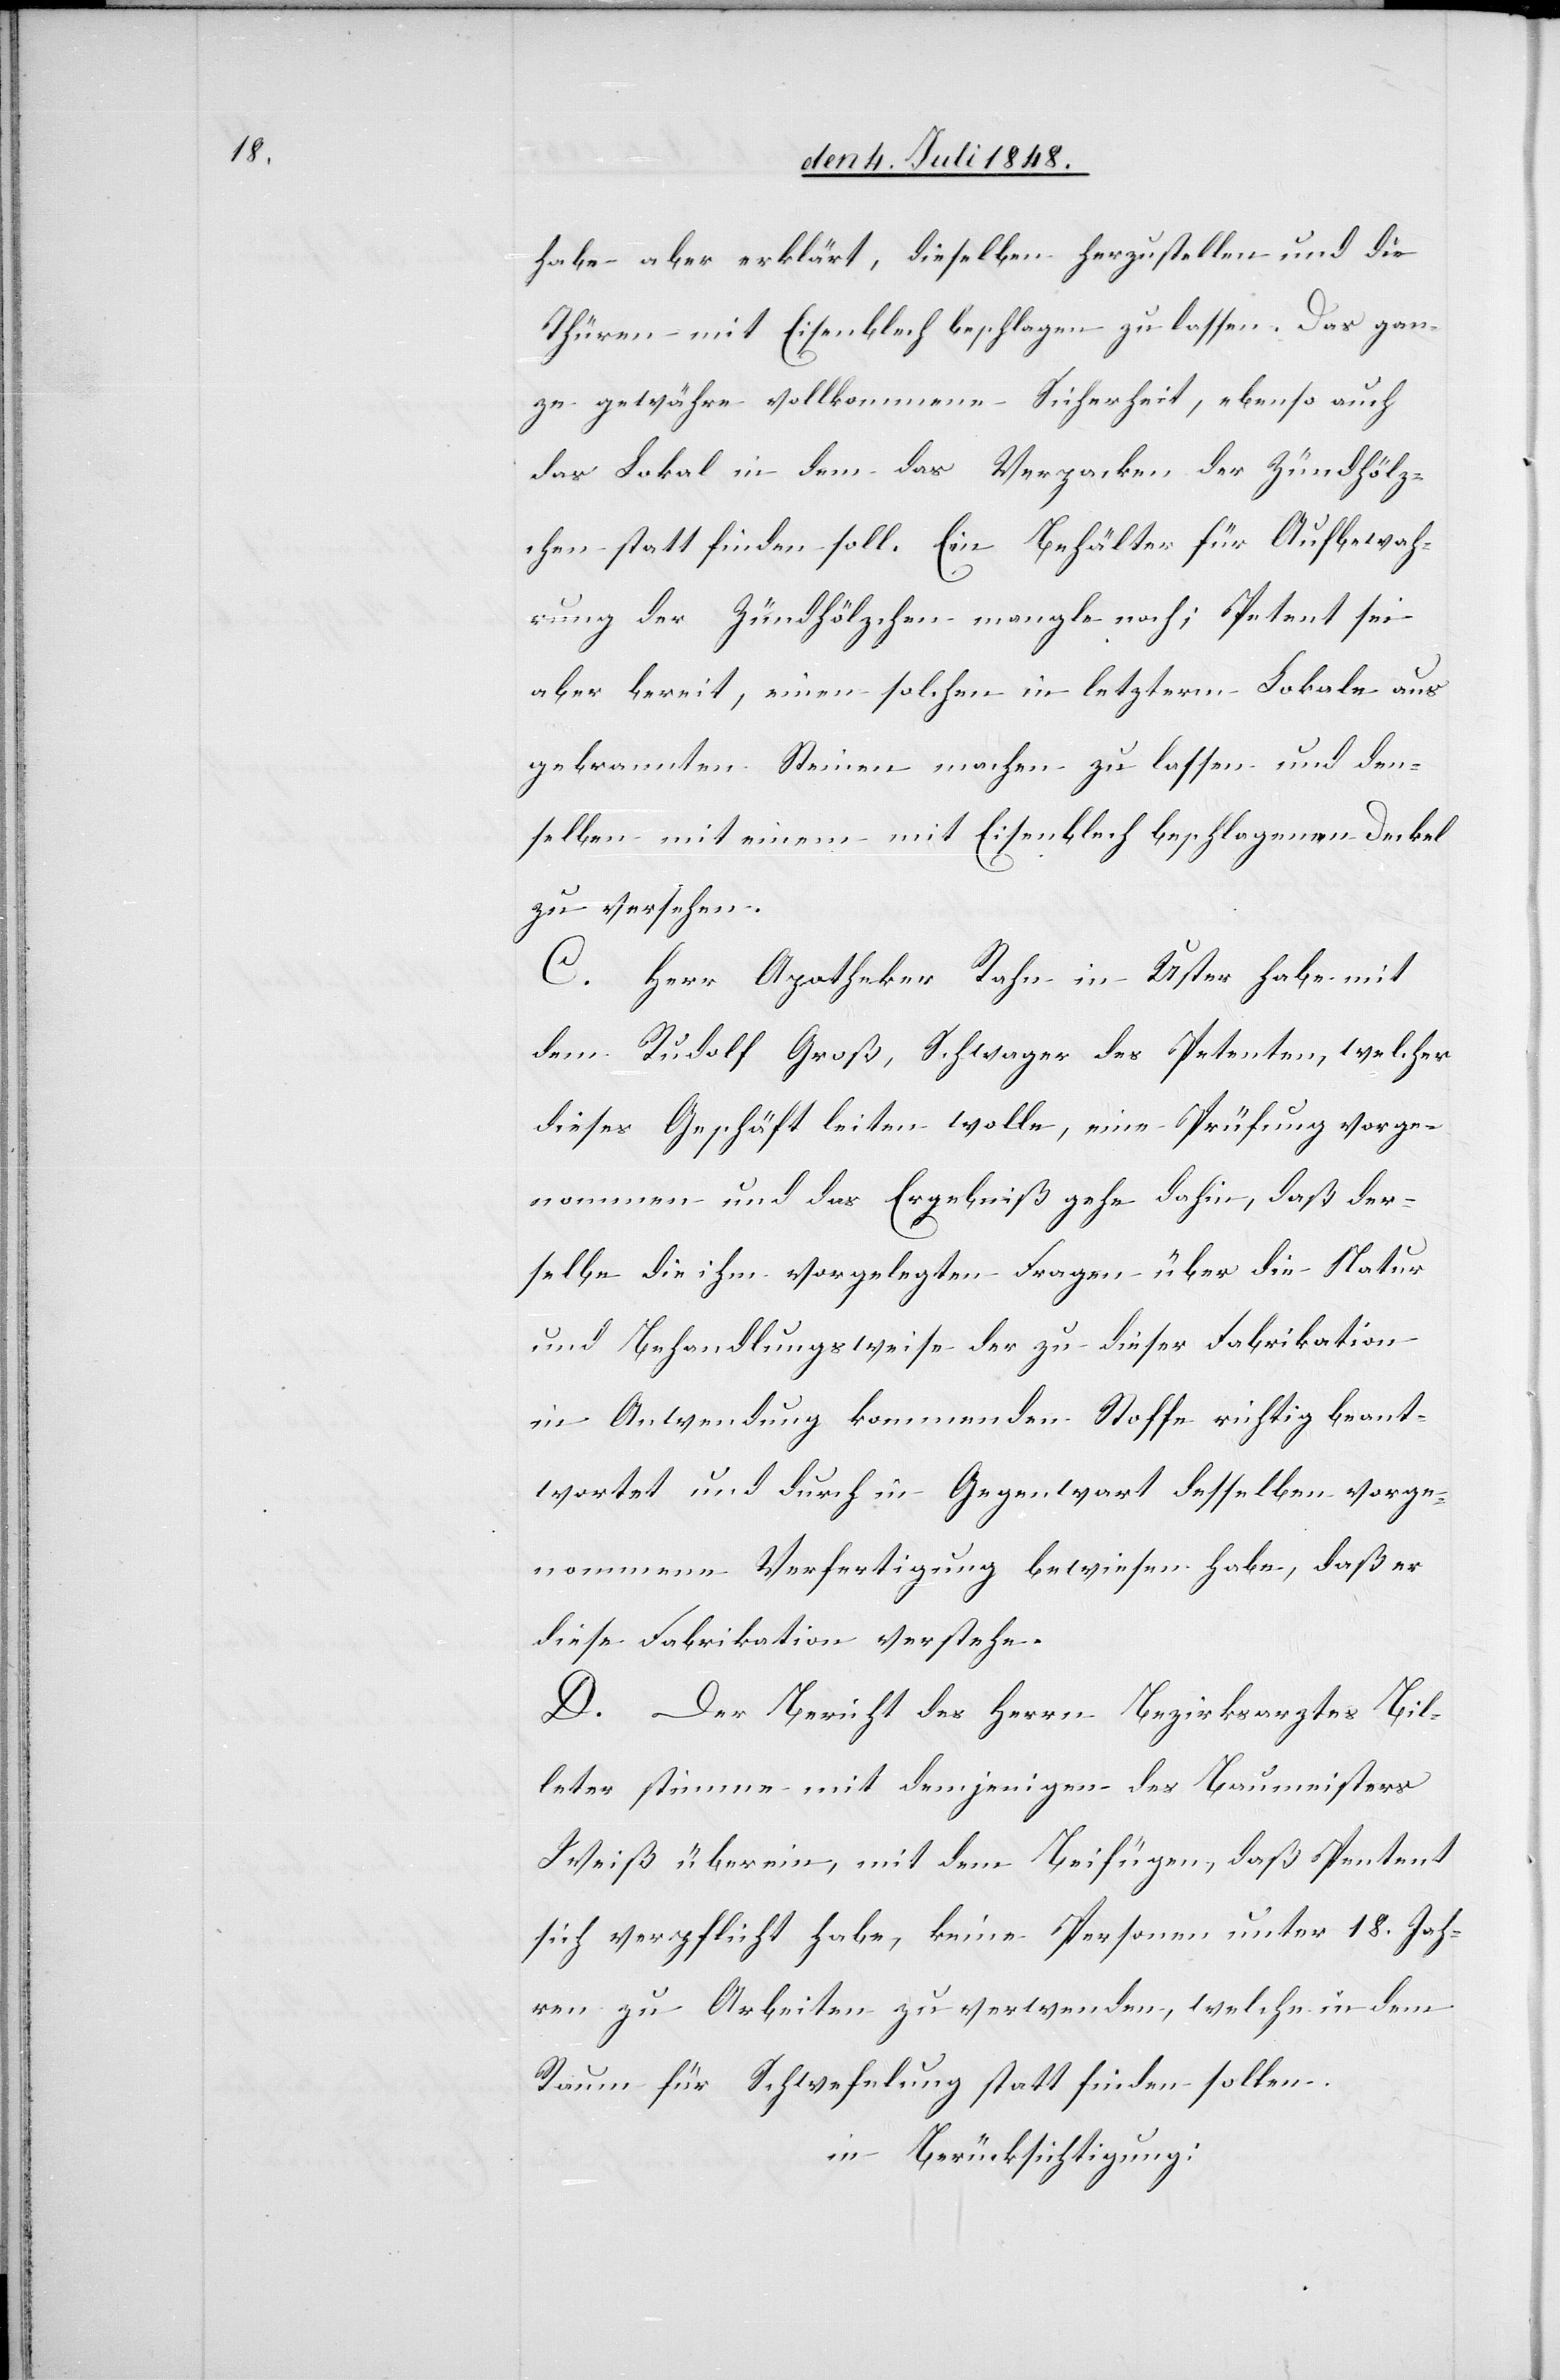
habe aber erklärt, dieselben herzustellen und die
Thüren mit Eisenblech beschlagen zu lassen. Das gan¬
ze gewähre vollkommene Sicherheit, ebenso auch
das Lokal in dem das Verpacken der Zündhölz¬
chen statt finden soll. Ein Behälter für Aufbewah¬
rung der Zündhölzchen mangle noch; Petent sei
aber bereit, einen solchen in letzterm Lokale aus
gebrannten Steinen machen zu lassen und den¬
selben mit einem mit Eisenblech beschlagenen Deckel
zu versehen.
C. Herr Apotheker Rahn in Uster habe mit
dem Rudolf Groß, Schwager des Petenten, welcher
dieses Geschäft leiten wolle, eine Prüfung vorge¬
nommen und das Ergebniß gehe dahin, daß der¬
selbe die ihm vorgelegten Fragen über die Natur
und Behandlungsweise der zu dieser Fabrikatikon
in Anwendung kommenden Stoffe richtig beant¬
wortet und durch in Gegenwart desselben vorge¬
nommene Verfertigung bewiesen habe, daß er
diese Fabrikation verstehe.
D. Der Bericht des Herrn Bezirksarztes Bil¬
leter stimme mit demjenigen des Baumeisters
Weiß überein, mit dem Beifügen, daß Pentent
sich verpflichtet habe, keine Personen unter 18. Jah¬
ren zu Arbeiten zu verwenden, welche in dem
Raum für Schwefelung statt finden sollen.
in Berücksichtigung: